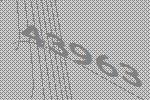
43963